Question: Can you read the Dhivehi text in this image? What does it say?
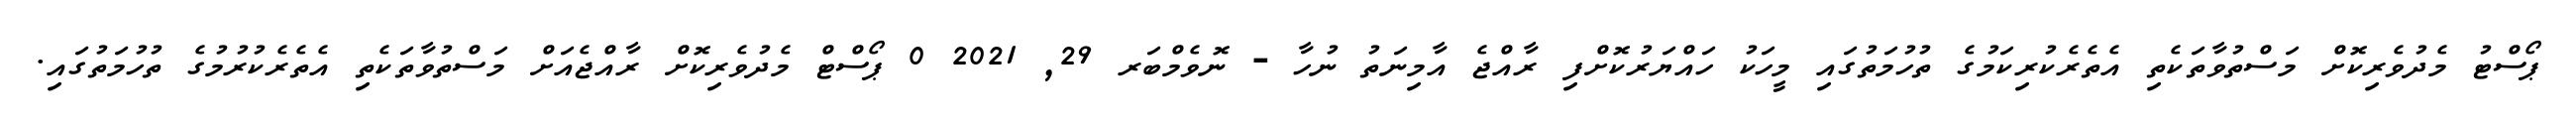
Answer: ޕޯސްޓު މެދުވެރިކޮށް މަސްތުވާތަކެތި އެތެރެކުރިކަމުގެ ތުހުމަތުގައި މީހަކު ހައްޔަރުކޮށްފި ރާއްޖެ އާމިނަތު ނުހާ - ނޮވެމްބަރ 29, 2021 0 ޕޯސްޓް މެދުވެރިކޮށް ރާއްޖެއަށް މަސްތުވާތަކެތި އެތެރެކުރުމުގެ ތުހުމަތުގައި.